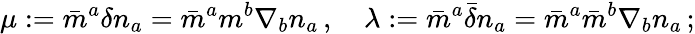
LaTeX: \mu:={\bar{m}}^{a}\delta n_{a}={\bar{m}}^{a}m^{b}\nabla_{b}n_{a}\, ,\quad\lambda:={\bar{m}}^{a}{\bar{\delta}}n_{a}={\bar{m}}^{a}{\bar{m}}^{b}\nabla_{b}n_{a}\, ;